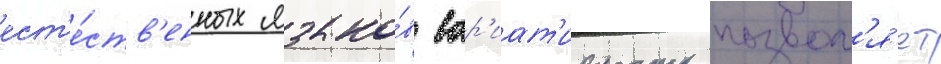
ест'е́ств'енных языко́в вар'иат'ивность позвол'я́ет